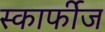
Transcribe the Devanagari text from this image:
स्कार्फीज